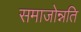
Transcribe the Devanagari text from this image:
समाजोन्नति